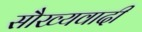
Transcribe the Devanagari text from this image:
सौख्यवादी